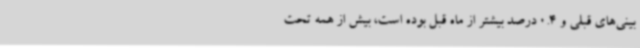
بینی‌های قبلی و 0.4 درصد بیشتر از ماه قبل بوده است، بیش از همه تحت